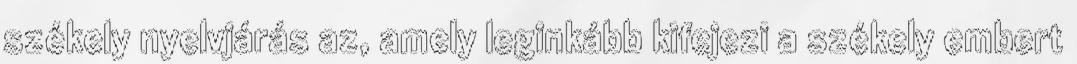
székely nyelvjárás az, amely leginkább kifejezi a székely embert